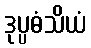
ဒုပ္ပဓံသိယံ